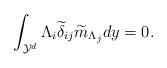
LaTeX: \begin{align*} \int_{\mathcal{Y}^d}\Lambda_i\widetilde{\delta}_{ij}\widetilde{m}_{\Lambda_j}dy=0. \end{align*}